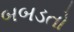
બબડતો